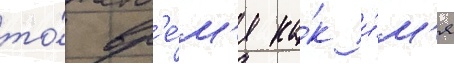
то́ вр'е́м'я ка́к и́м'я